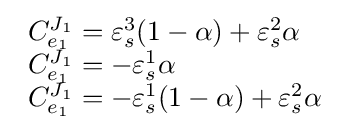
{\begin{array}{lll}C_{e_{1}}^{J_{1}}=\varepsilon _{s}^{3}(1-\alpha )+\varepsilon _{s}^{2}\alpha \\C_{e_{1}}^{J_{1}}=-\varepsilon _{s}^{1}\alpha \\C_{e_{1}}^{J_{1}}=-\varepsilon _{s}^{1}(1-\alpha )+\varepsilon _{s}^{2}\alpha \end{array}}